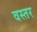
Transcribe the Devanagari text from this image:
वस्तर